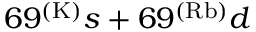
6 9 ^ { ( \mathrm { K ) } } s + 6 9 ^ { ( \mathrm { R b ) } } d